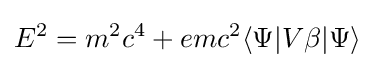
E^{2}=m^{2}c^{4}+emc^{2}\langle \Psi |V\beta |\Psi \rangle